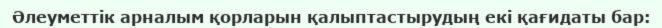
Әлеуметтік арналым қорларын қалыптастырудың екі қағидаты бар: